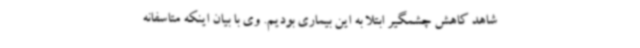
شاهد کاهش چشمگیر ابتلا به این بیماری بودیم. وی با بیان اینکه متاسفانه